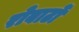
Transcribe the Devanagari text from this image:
रोबार्टो